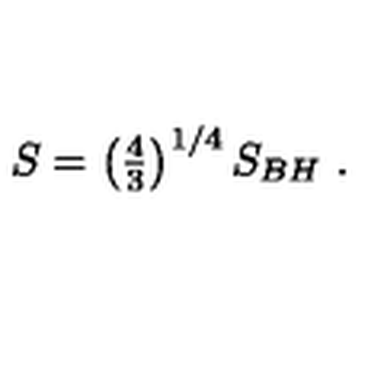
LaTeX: S = \left( { \textstyle { \frac { 4 } { 3 } } } \right) ^ { 1 / 4 } S _ { B H } \ .